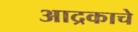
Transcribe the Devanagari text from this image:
आद्रकाचे